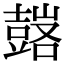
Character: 𧰀